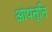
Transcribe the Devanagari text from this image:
आपत्‍ति